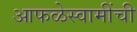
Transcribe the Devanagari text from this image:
आफळेस्वामींची